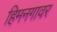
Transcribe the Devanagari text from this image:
हिमनगावर